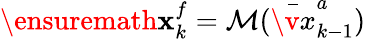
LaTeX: \ensuremath{\mathbf{x}}_{k}^{f}=\mathcal{M}(\bar{\v x}_{k-1}^{a})